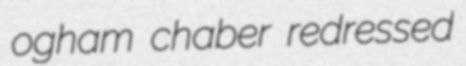
ogham chaber redressed